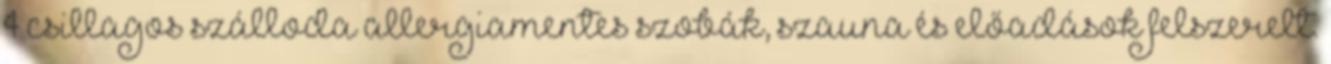
4 csillagos szálloda allergiamentes szobák, szauna és előadások felszerelt.